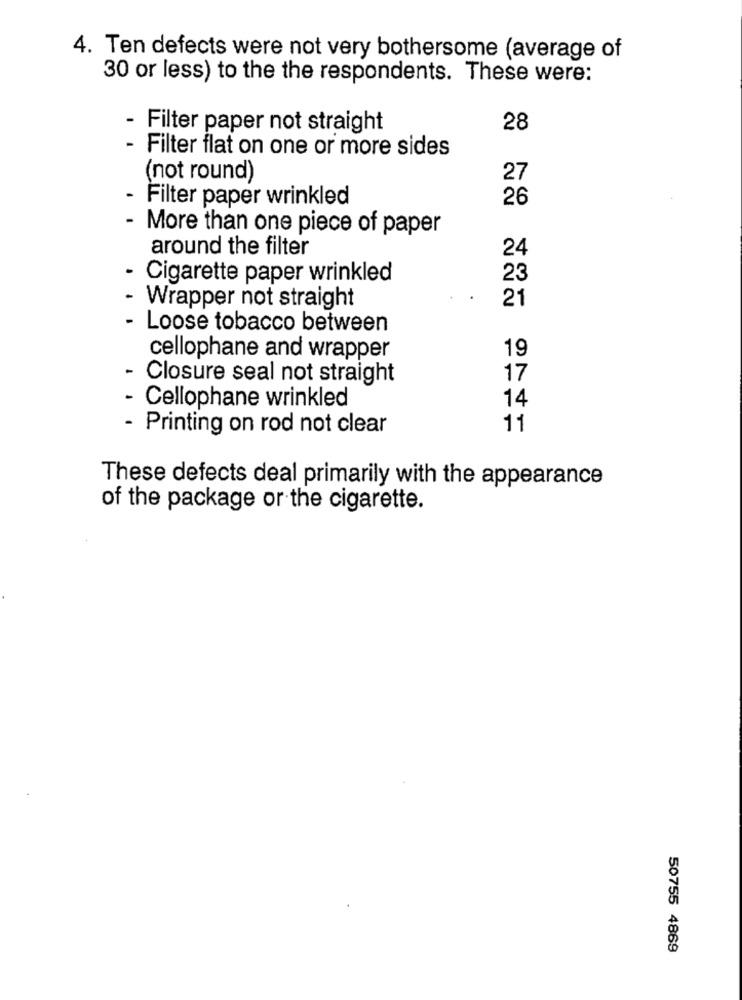
4. Ten defects were not very bothersome (average of
30 or less) to the the respondents. These were:
- Filter paper not straight
28
- Filter flat on one or more sides
(not round)
27
- Filter paper wrinkled
26
- More than one piece of paper
around the filter
24
- Cigarette paper wrinkled
23
21
Wrapper not straight
- Loose tobacco between
19
cellophane and wrapper
Closure seal not straight
17
14
- Cellophane wrinkled
- Printing on rod not clear
11
These defects deal primarily with the appearance
of the package or the cigarette.
50755 4869